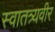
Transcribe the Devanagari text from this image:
स्वातत्र्यवीर